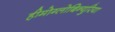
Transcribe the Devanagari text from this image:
हीमोग्लोबिन्युरिया